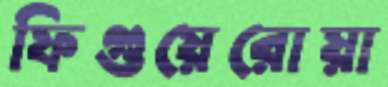
ফিগুয়েরোয়া